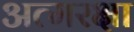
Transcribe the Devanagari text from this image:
अत्मरक्षा